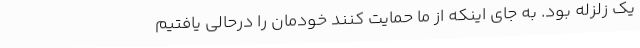
یک زلزله بود. به جای اینکه از ما حمایت کنند خودمان را درحالی یافتیم